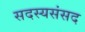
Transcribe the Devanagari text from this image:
सदस्यसंसद